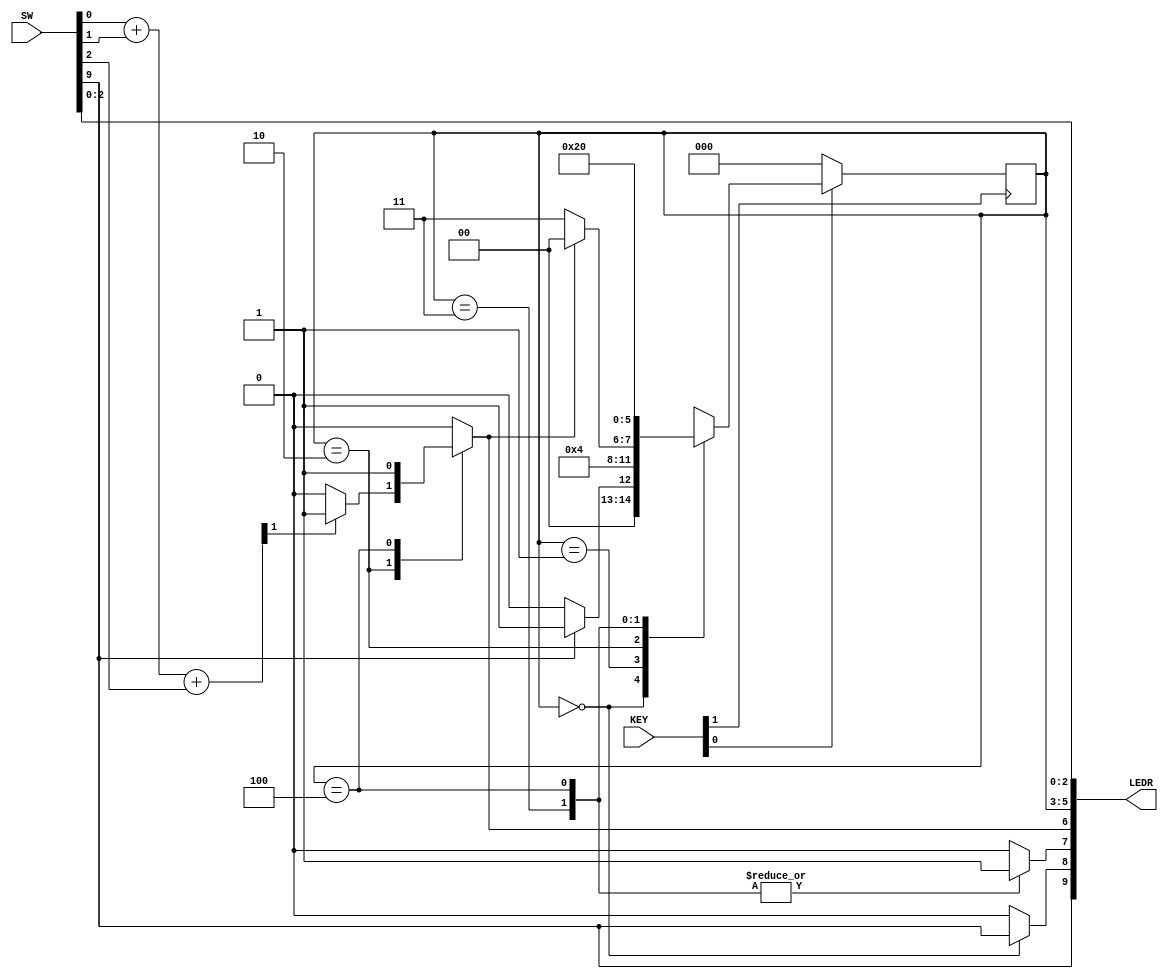
module FSM_control (SW, KEY, LEDR);
	input [9:0] SW;
	input [1:0] KEY;
	output [9:0] LEDR;

	wire Clock, Resetn, Run, R;
	reg New, Wrap, Done;
	wire [2:0] Sensor;								// the three sensors
	wire [1:0] Sum;
	reg [2:0] y_Q, Y_D;

	assign Resetn = KEY[0];
	assign Clock = KEY[1];
	assign Run = SW[9];
	assign Sensor = SW[2:0];

	parameter T0 = 3'b000, T1 = 3'b001, T2 = 3'b010, T3 = 3'b011, T4 = 3'b100;
		
	// Control FSM state table
	always @(Run, Done, y_Q)
	begin: state_table
		case (y_Q)
			T0:
				if (!Run) Y_D = T0;
			 	else Y_D = T1;
			T1:
 				Y_D = T2;
			T2:
				if (Done) Y_D = T0;
				else Y_D = T3;
			T3:
 				Y_D = T4;
			T4:
				Y_D = T0;
			default:
				Y_D = 3'bxxx;
		endcase
	end // state_table

	// Control FSM outputs
	always @(*)
	begin: FSM_outputs
		Done = 1'b0; New = 1'b0; Wrap = 1'b0; 	// all signals need a default value
		case (y_Q)
			T0:
				New = Run;			// get a new cracker when Run is asserted
			T1:
				;				   	// wait cycle for sensors to evaluate
			T2:
				if (R)				// check cookie quality
					Done = 1'b1;	// bad cookie, don't wrap
			T3:
				Wrap = 1'b1;		// start wrapping
			T4:						
			begin
			 	Wrap = 1'b1;		// finish wrapping
	 			Done = 1'b1;
			end
			default:
				;
		endcase
	end // FSM_outputs	

	always @(posedge Clock)
		if (Resetn  == 1'b0)		// synchronous clear
			y_Q <= T0;
		else
			y_Q <= Y_D;

 	assign Sum = Sensor[0] + Sensor[1] + Sensor[2];
	assign R = Sum[1];			// R is equivalent to the carry-out

	assign LEDR[9] = Run;
	assign LEDR[8] = New;
	assign LEDR[7] = Wrap;
	assign LEDR[6] = Done;
	assign LEDR[5:3] = y_Q;
	assign LEDR[2:0] = Sensor;
endmodule